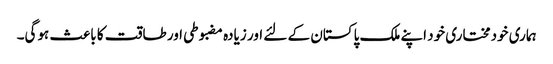
ہماری خودمختاری خود اپنے ملک پاکستان کے لئے اور زیادہ مضبوطی اور طاقت کا باعث ہوگی۔